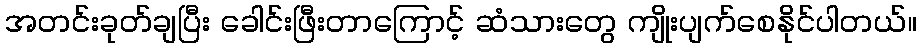
အတင်းခုတ်ချပြီး ခေါင်းဖြီးတာကြောင့် ဆံသားတွေ ကျိုးပျက်စေနိုင်ပါတယ်။